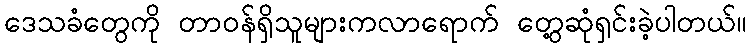
ဒေသခံတွေကို တာဝန်ရှိသူများကလာရောက် တွေ့ဆုံရှင်းခဲ့ပါတယ်။